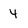
Character: 4